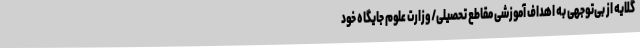
گلایه از بی‌توجهی به اهداف آموزشی مقاطع تحصیلی/وزارت علوم جایگاه خود